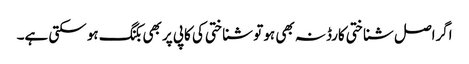
اگراصل شناختی کارڈنہ بھی ہو تو شناختی کی کاپی پر بھی بکنگ ہو سکتی ہے۔